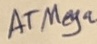
Text: ATMega